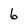
Character: 6